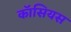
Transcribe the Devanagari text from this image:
कॉसियस